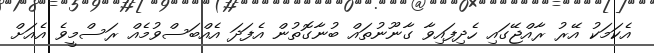
އެކަމަކު އޭރު ރާއްޖޭގައި ހެދިފައިވާ ގާނޫނުތައް ބުނާގޮތުން އެފަދަ އެއްބަސްވުމެއް ރަސްމީވެ އެއަށް